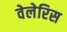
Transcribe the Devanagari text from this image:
वेलेरिस